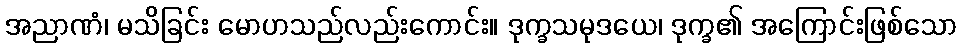
အညာဏံ၊ မသိခြင်း မောဟသည်လည်းကောင်း။ ဒုက္ခသမုဒယေ၊ ဒုက္ခ၏ အကြောင်းဖြစ်သော